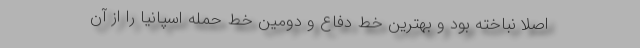
اصلا نباخته بود و بهترین خط دفاع و دومین خط حمله اسپانیا را از آن